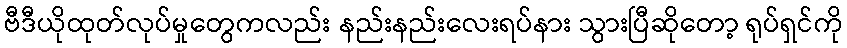
ဗီဒီယိုထုတ်လုပ်မှုတွေကလည်း နည်းနည်းလေးရပ်နား သွားပြီဆိုတော့ ရုပ်ရှင်ကို